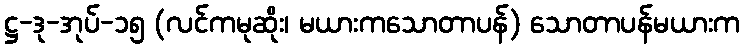
ဋ္ဌ-ဒု-အုပ်-၁၅ (လင်ကမုဆိုး၊ မယားကသောတာပန်) သောတာပန်မယားက